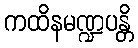
ကထိနမဏ္ဍပန္တိ